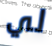
لي